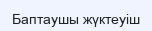
Баптаушы жүктеуіш